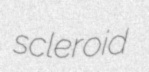
scleroid